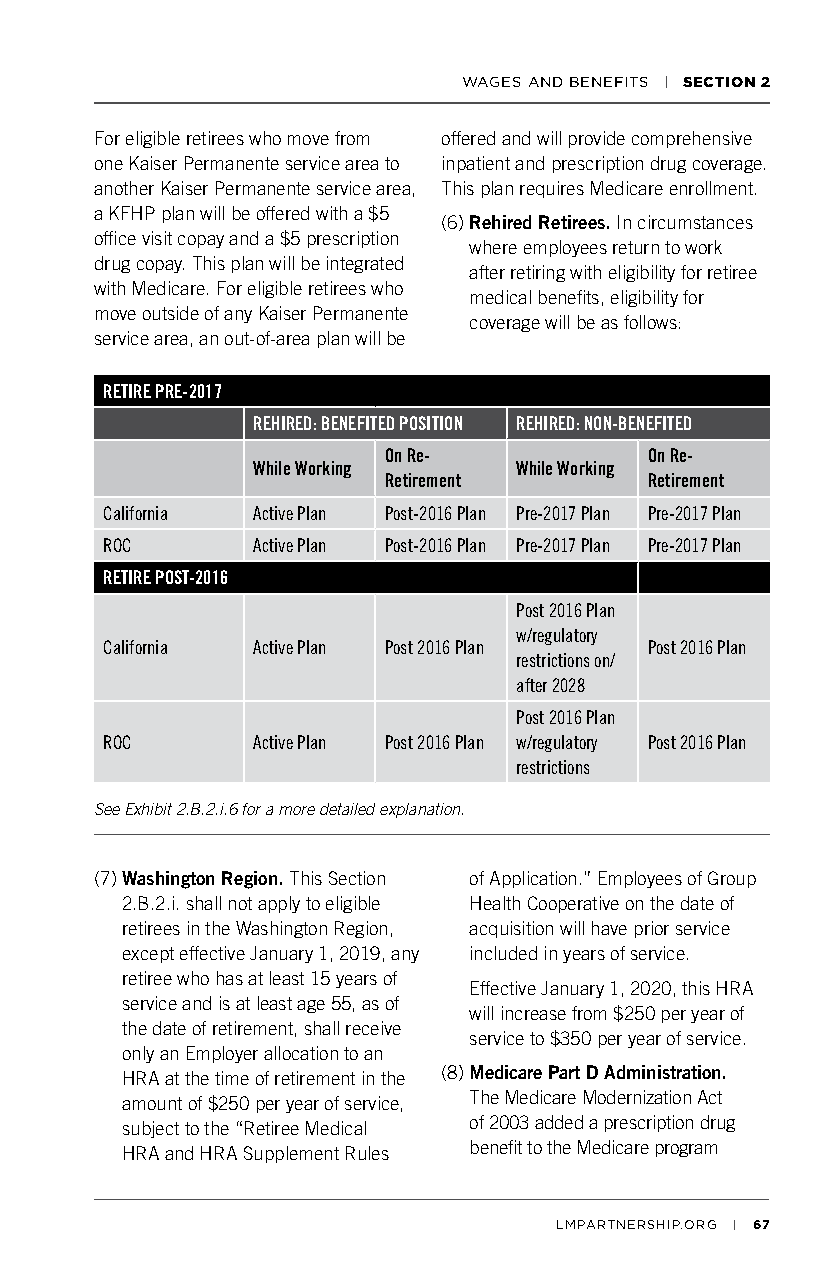
WAGES AND BENEFITS | SECTION 2
 For eligible retirees who move from offered and will provide comprehensive
 one Kaiser Permanente service area to inpatient and prescription drug coverage.
 another Kaiser Permanente service area, This plan requires Medicare enrollment.
 a KFHP plan will be offered with a $5
 (6) Rehired Retirees. In circumstances
 office visit copay and a $5 prescription
 where employees return to work
 drug copay. This plan will be integrated
 after retiring with eligibility for retiree
 with Medicare. For eligible retirees who
 medical benefits, eligibility for
 move outside of any Kaiser Permanente
 coverage will be as follows:
 service area, an out-of-area plan will be
 RETIRE PRE-2017
 REHIRED: BENEFITED POSITION REHIRED: NON-BENEFITED
 On Re-            On Re-
 While Working    While Working
 Retirement        Retirement
 California Active Plan Post-2016 Plan Pre-2017 Plan Pre-2017 Plan
 ROC       Active Plan Post-2016 Plan Pre-2017 Plan Pre-2017 Plan
 RETIRE POST-2016
 Post 2016 Plan
 w/regulatory
 California Active Plan Post 2016 Plan Post 2016 Plan
 restrictions on/
 after 2028
 Post 2016 Plan
 ROC       Active Plan Post 2016 Plan w/regulatory Post 2016 Plan
 restrictions
 See Exhibit 2.B.2.i.6 for a more detailed explanation.
 (7) Washington Region. This Section of Application.” Employees of Group
 2.B.2.i. shall not apply to eligible Health Cooperative on the date of
 retirees in the Washington Region, acquisition will have prior service
 except effective January 1, 2019, any included in years of service.
 retiree who has at least 15 years of
 Effective January 1, 2020, this HRA
 service and is at least age 55, as of
 will increase from $250 per year of
 the date of retirement, shall receive
 service to $350 per year of service.
 only an Employer allocation to an
 HRA at the time of retirement in the (8) Medicare Part D Administration.
 The Medicare Modernization Act
 amount of $250 per year of service,
 of 2003 added a prescription drug
 subject to the “Retiree Medical
 benefit to the Medicare program
 HRA and HRA Supplement Rules
 LMPARTNERSHIP.ORG | 67